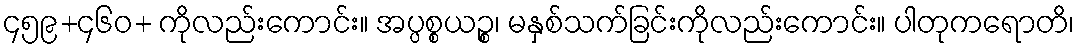
၄၅၉+၄၆၀+ ကိုလည်းကောင်း။ အပ္ပစ္စယဉ္စ၊ မနှစ်သက်ခြင်းကိုလည်းကောင်း။ ပါတုကရောတိ၊